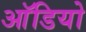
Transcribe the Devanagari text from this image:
आॅडियो